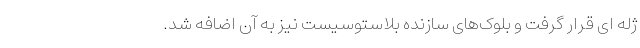
ژله ای قرار گرفت و بلوک‌های سازنده بلاستوسیست نیز به آن اضافه شد.